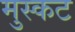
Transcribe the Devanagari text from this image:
मुस्कट